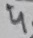
Text: 4